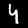
Label: 4